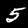
Label: 5